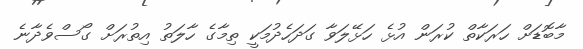
މާބޮޑަށް ހަރަކާތް ކުރަން އުޅެ ހަޅޭލަވާ ގަދަހެދުމަކީ ތިމާގެ ހާލަތު އިތުރަށް ގޯސްވެދާނެ